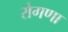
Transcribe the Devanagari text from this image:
रोगणा